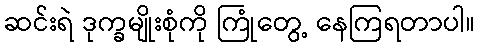
ဆင်းရဲ ဒုက္ခမျိုးစုံကို ကြုံတွေ့ နေကြရတာပါ။